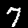
Digit: 7